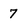
Character: 7